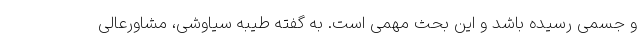
و جسمی رسیده باشد و این بحث مهمی است. به گفته طیبه سیاوشی، مشاورعالی